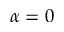
\alpha = 0